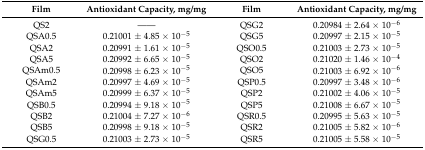
| Film | Antioxidant Capacity, mg/mg | Film | Antioxidant Capacity, mg/mg |
 | --- | --- | --- | --- |
 | QS2 | ------ | QSG2 | 0.20984 ± 2.64 × 10−6 |
 | QSA0.5 | 0.21001 ± 4.85 × 10−5 | QSG5 | 0.20997 ± 2.15 × 10−5 |
 | QSA2 | 0.20991 ± 1.61 × 10−5 | QSO0.5 | 0.21003 ± 2.73 × 10−5 |
 | QSA5 | 0.20992 ± 6.65 × 10−5 | QSO2 | 0.21020 ± 1.46 × 10−4 |
 | QSAm0.5 | 0.20998 ± 6.23 × 10−5 | QSO5 | 0.21003 ± 6.92 × 10−6 |
 | QSAm2 | 0.20997 ± 4.69 × 10−5 | QSP0.5 | 0.20997 ± 3.48 × 10−6 |
 | QSAm5 | 0.20999 ± 6.37 × 10−5 | QSP2 | 0.21002 ± 4.06 × 10−5 |
 | QSB0.5 | 0.20994 ± 9.18 × 10−5 | QSP5 | 0.21008 ± 6.67 × 10−5 |
 | QSB2 | 0.21004 ± 7.27 × 10−6 | QSR0.5 | 0.20995 ± 5.63 × 10−5 |
 | QSB5 | 0.20998 ± 9.18 × 10−5 | QSR2 | 0.21005 ± 5.82 × 10−6 |
 | QSG0.5 | 0.21003 ± 2.73 × 10−5 | QSR5 | 0.21005 ± 5.58 × 10−5 |